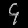
Digit: ၄